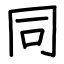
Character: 同